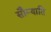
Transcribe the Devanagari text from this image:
सौम्याति